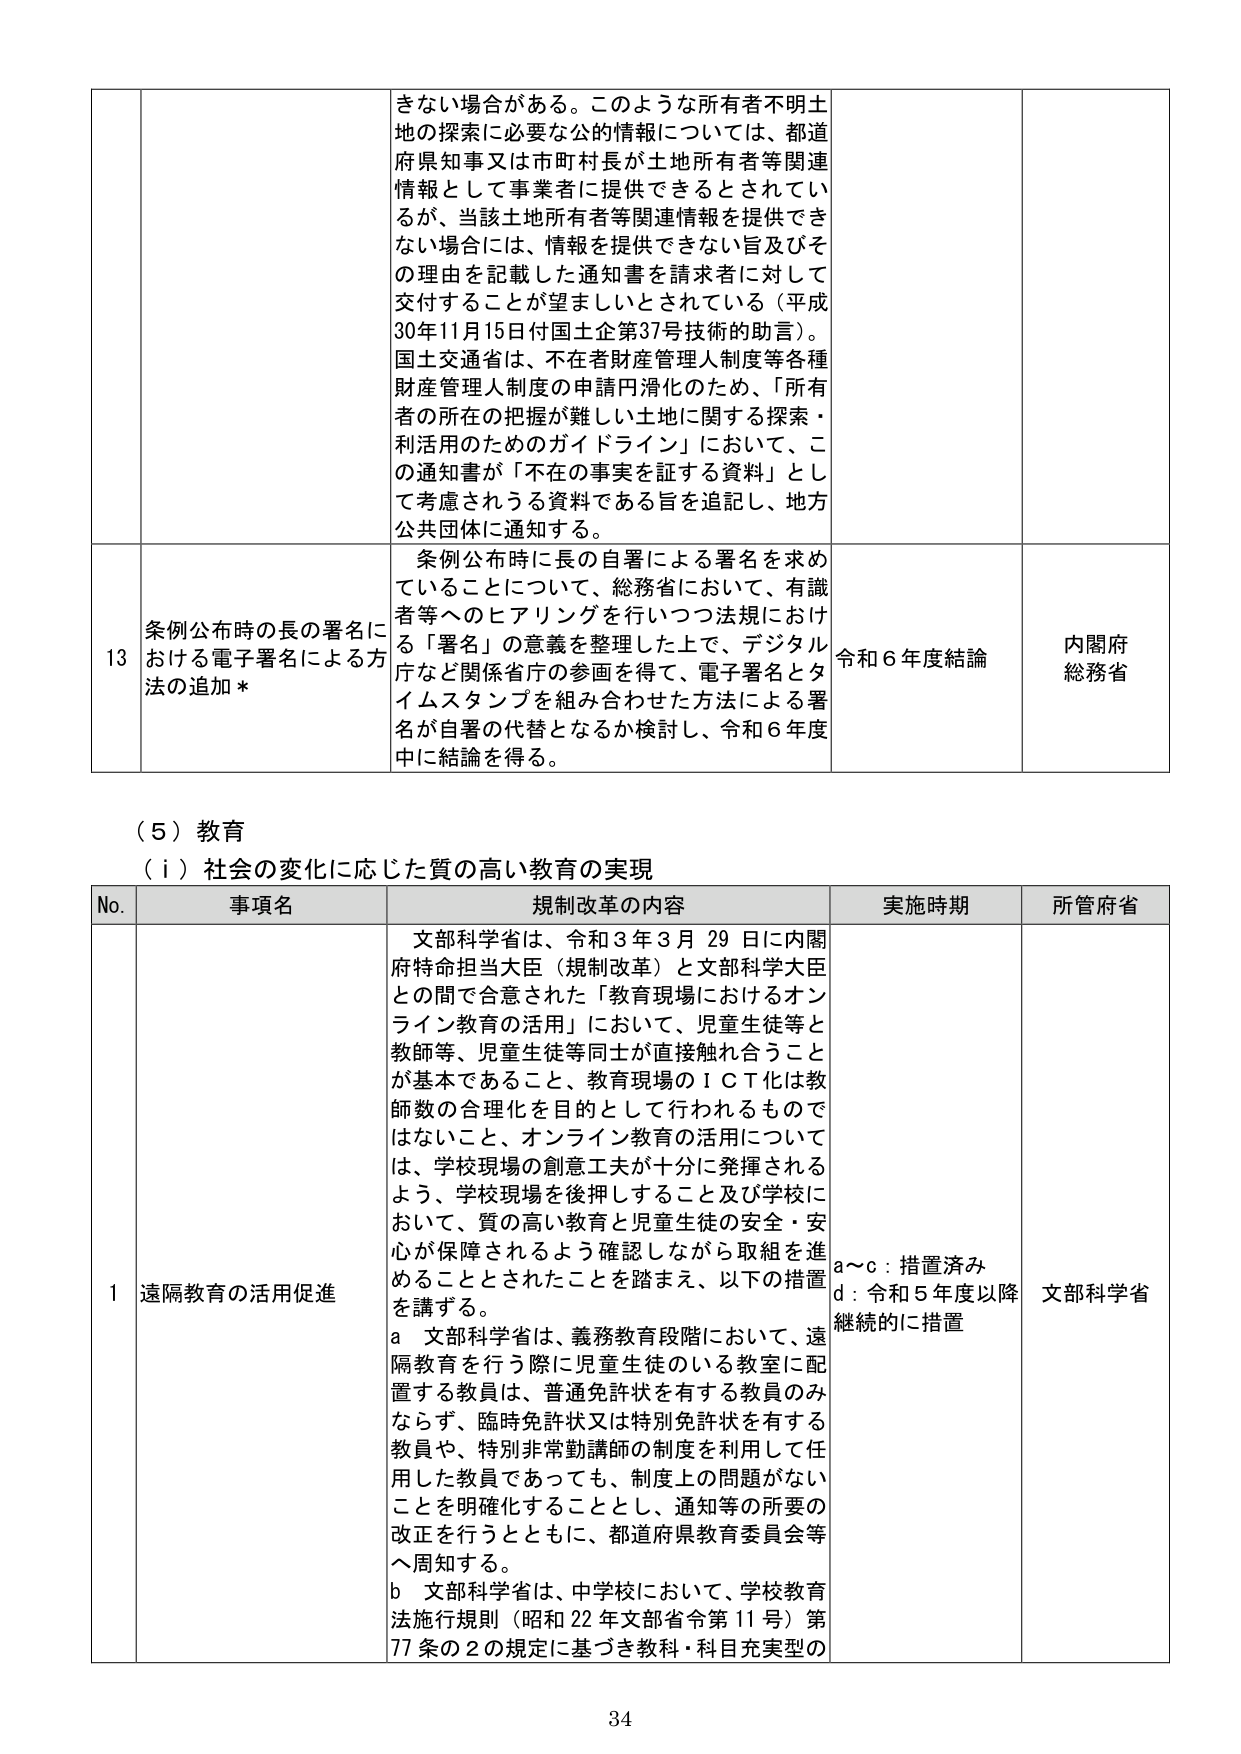
きない場合がある。このような所有者不明土地の探索に必要な公的情報については、都道府県知事又は市町村長が土地所有者等関連情報として事業者に提供できるとされているが、当該土地所有者等関連情報を提供できない場合には、情報を提供できない旨及びその理由を記載した通知書を請求者に対して交付することが望ましいとされている（平成30年11月15日付国土企第37号技術的助言）。国土交通省は、不在者財産管理人制度等各種財産管理人制度の申請円滑化のため、「所有者の所在の把握が難しい土地に関する探索・利活用のためのガイドライン」において、この通知書が「不在の事実を証する資料」として考慮されるう資料である旨を追記し、地方公共団体に通知する。

13 条例公布時の長の署名における電子署名による方法の追加*
条例公布時に長の自署による署名を求めていることについて、総務省において、有識者等へのヒアリングを行いつつ法規における「署名」の意義を整理した上で、デジタル庁など関係省庁の参画を得て、電子署名とタイムスタンプを組み合わせた方法による署名が自署の代替となるか検討し、令和6年度中に結論を得る。
令和6年度結論
内閣府
総務省

（5）教育
（i）社会の変化に応じた質の高い教育の実現

No. 事項名 規制改革の内容 実施時期 所管府省
1 遠隔教育の活用促進 文部科学省は、令和3年3月29日に内閣府特命担当大臣（規制改革）と文部科学大臣との間で合意された「教育現場におけるオンライン教育の活用」において、児童生徒等と教師等、児童生徒等同士が直接触れ合うことが基本であること、教育現場のＩＣＴ化は教師数の合理化を目的として行われるものではないこと、オンライン教育の活用については、学校現場の創意工夫が十分に発揮されるよう、学校現場を後押しすること及び学校において、質の高い教育と児童生徒の安全・安心が保障されるよう確認しながら取組を進めることがとされたことを踏まえ、以下の措置を講ずる。
a 文部科学省は、義務教育段階において、遠隔教育を行う際に児童生徒のいる教室に配置する教員は、普通免許状を有する教員のみならず、臨時免許状又は特別免許状を有する教員や、特別非常勤講師の制度を利用して任用した教員であっても、制度上の問題がないことを明確化することとし、通知等の所要の改正を行うとともに、都道府県教育委員会等へ周知する。
b 文部科学省は、中学校において、学校教育法施行規則（昭和22年文部省令第11号）第77条の2の規定に基づき教科・科目充実型の
a～c：措置済み
d：令和5年度以降継続的に措置
文部科学省

34